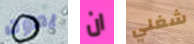
يموت ان شغلي